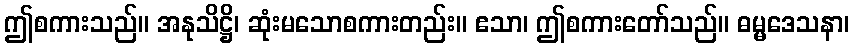
ဤစကားသည်။ အနုသိဋ္ဌိ၊ ဆုံးမသောစကားတည်း။ ဧသာ၊ ဤစကားတော်သည်။ ဓမ္မဒေသနာ၊